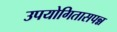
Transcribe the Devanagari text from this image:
उपयोगितासपन्न